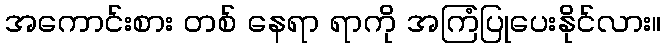
အကောင်းစား တစ် နေရာ ရာကို အကြံပြုပေးနိုင်လား။